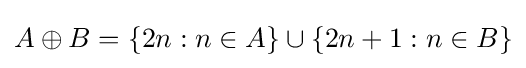
A\oplus B=\{2n:n\in A\}\cup \{2n+1:n\in B\}